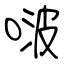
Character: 啵